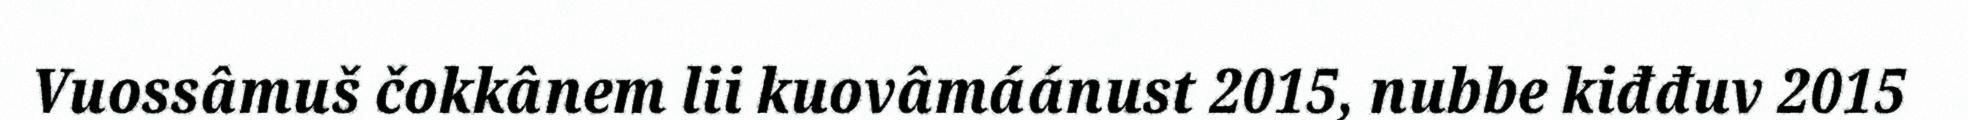
Vuossâmuš čokkânem lii kuovâmáánust 2015, nubbe kiđđuv 2015